Indian journal of veterinary science and animal husbandry - Volume 3,
Year: 1933
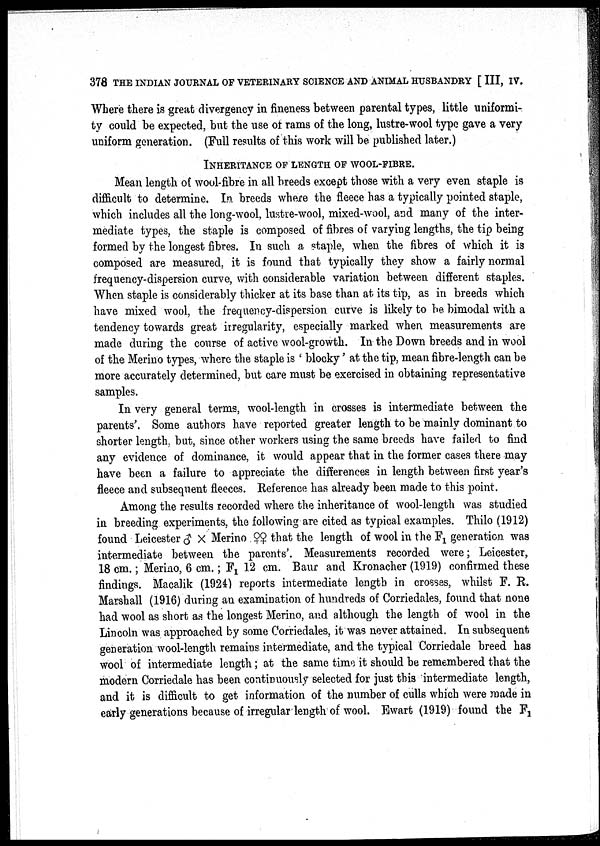
378 THE INDIAN JOURNAL OF VETERINARY SCIENCE AND ANIMAL HUSBANDRY [ III, IV.
Where there is great divergency in fineness between parental types, little uniformi
ty could be expected, but the use of rams of the long, lustre-wool type gave a very
uniform generation. (Full results of this work will be published later.)
INHERITANCE OF LENGTH OF WOOL-FIBRE.
Mean length of wool-fibre in all breeds except those with a very even staple is
difficult to determine. In breeds where the fleece has a typically pointed staple,
which includes all the long-wool, lustre-wool, mixed-wool, and many of the inter
mediate types, the staple is composed of fibres of varying lengths, the tip being
formed by the longest fibres. In such a staple, when the fibres of which it is
composed are measured, it is found that typically they show a fairly normal
frequency-dispersion curve, with considerable variation between different staples.
When staple is considerably thicker at its base than at its tip, as in breeds which
have mixed wool, the frequency-dispersion curve is likely to be bimodal with a
tendency towards great irregularity, especially marked when measurements are
made during the course of active wool-growth. In the Down breeds and in wool
of the Merino types, where the staple is ' blocky' at the tip, mean fibre-length can be
more accurately determined, but care must be exercised in obtaining representative
samples.
In very general terms, wool-length in crosses is intermediate between the
parents'. Some authors have reported greater length to be mainly dominant to
shorter length, but, since other workers using the same breeds have failed to find
any evidence of dominance, it would appear that in the former cases there may
have been a failure to appreciate the differences in length between first year's
fleece and subsequent fleeces. Reference has already been made to this point.
Among the results recorded where the inheritance of wool-length was studied
in breeding experiments, the following are cited as typical examples. Thilo (1912)
found Leicester ♂ × Merino ♀♀ that the length of wool in the F 1 generation, was
intermediate between the parents'. Measurements recorded were; Leicester,
18 cm.; Merino, 6 cm.; F 1 12 cm. Baur and Kronacher (1919) confirmed these
findings. Macalik (1924) reports intermediate length in crosses, whilst F. R.
Marshall (1916) during an examination of hundreds of Corriedales, found that none
had wool as short as the longest Merino, and although the length of wool in the
Lincoln was approached by some Corriedales, it was never attained. In subsequent
generation wool-length remains intermediate, and the typical Corriedale breed has
wool of intermediate length; at the same time it should be remembered that the
modern Corriedale has been continuously selected for just this intermediate length,
and it is difficult to get information of the number of culls which were made in
early generations because of irregular length of wool. Ewart (1919) found the F